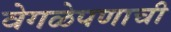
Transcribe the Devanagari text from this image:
वेगळेपणाची